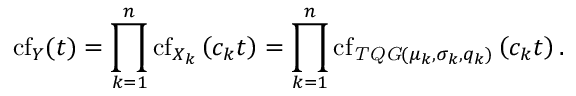
\operatorname { c f } _ { Y } ( t ) = \prod _ { k = 1 } ^ { n } \operatorname { c f } _ { X _ { k } } \left( c _ { k } t \right) = \prod _ { k = 1 } ^ { n } \operatorname { c f } _ { \mathit { T Q G } ( \mu _ { k } , \sigma _ { k } , q _ { k } ) } \left( c _ { k } t \right) .